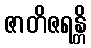
ဇာတိဇရန္တိ